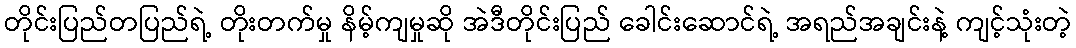
တိုင်းပြည်တပြည်ရဲ့ တိုးတက်မှု နိမ့်ကျမှုဆို အဲဒီတိုင်းပြည် ခေါင်းဆောင်ရဲ့ အရည်အချင်းနဲ့ ကျင့်သုံးတဲ့